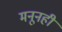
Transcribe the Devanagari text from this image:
मनूनही